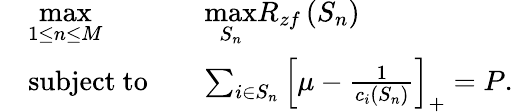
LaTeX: \begin{array}{rlrl}&{\underset{1\leq n\leq M}{\mathrm{max}}}&&{\underset{S_{n}}{\mathrm{max}}R_{zf}\left(S_{n}\right)}\\ &{\mathrm{subject~to}}&&{\sum_{i\in S_{n}}\left[\mu-\frac{1}{c_{i}\left(S_{n}\right)}\right]_{+}=P.}\end{array}